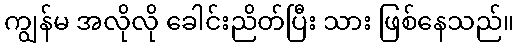
ကျွန်မ အလိုလို ခေါင်းညိတ်ပြီး သား ဖြစ်နေသည်။